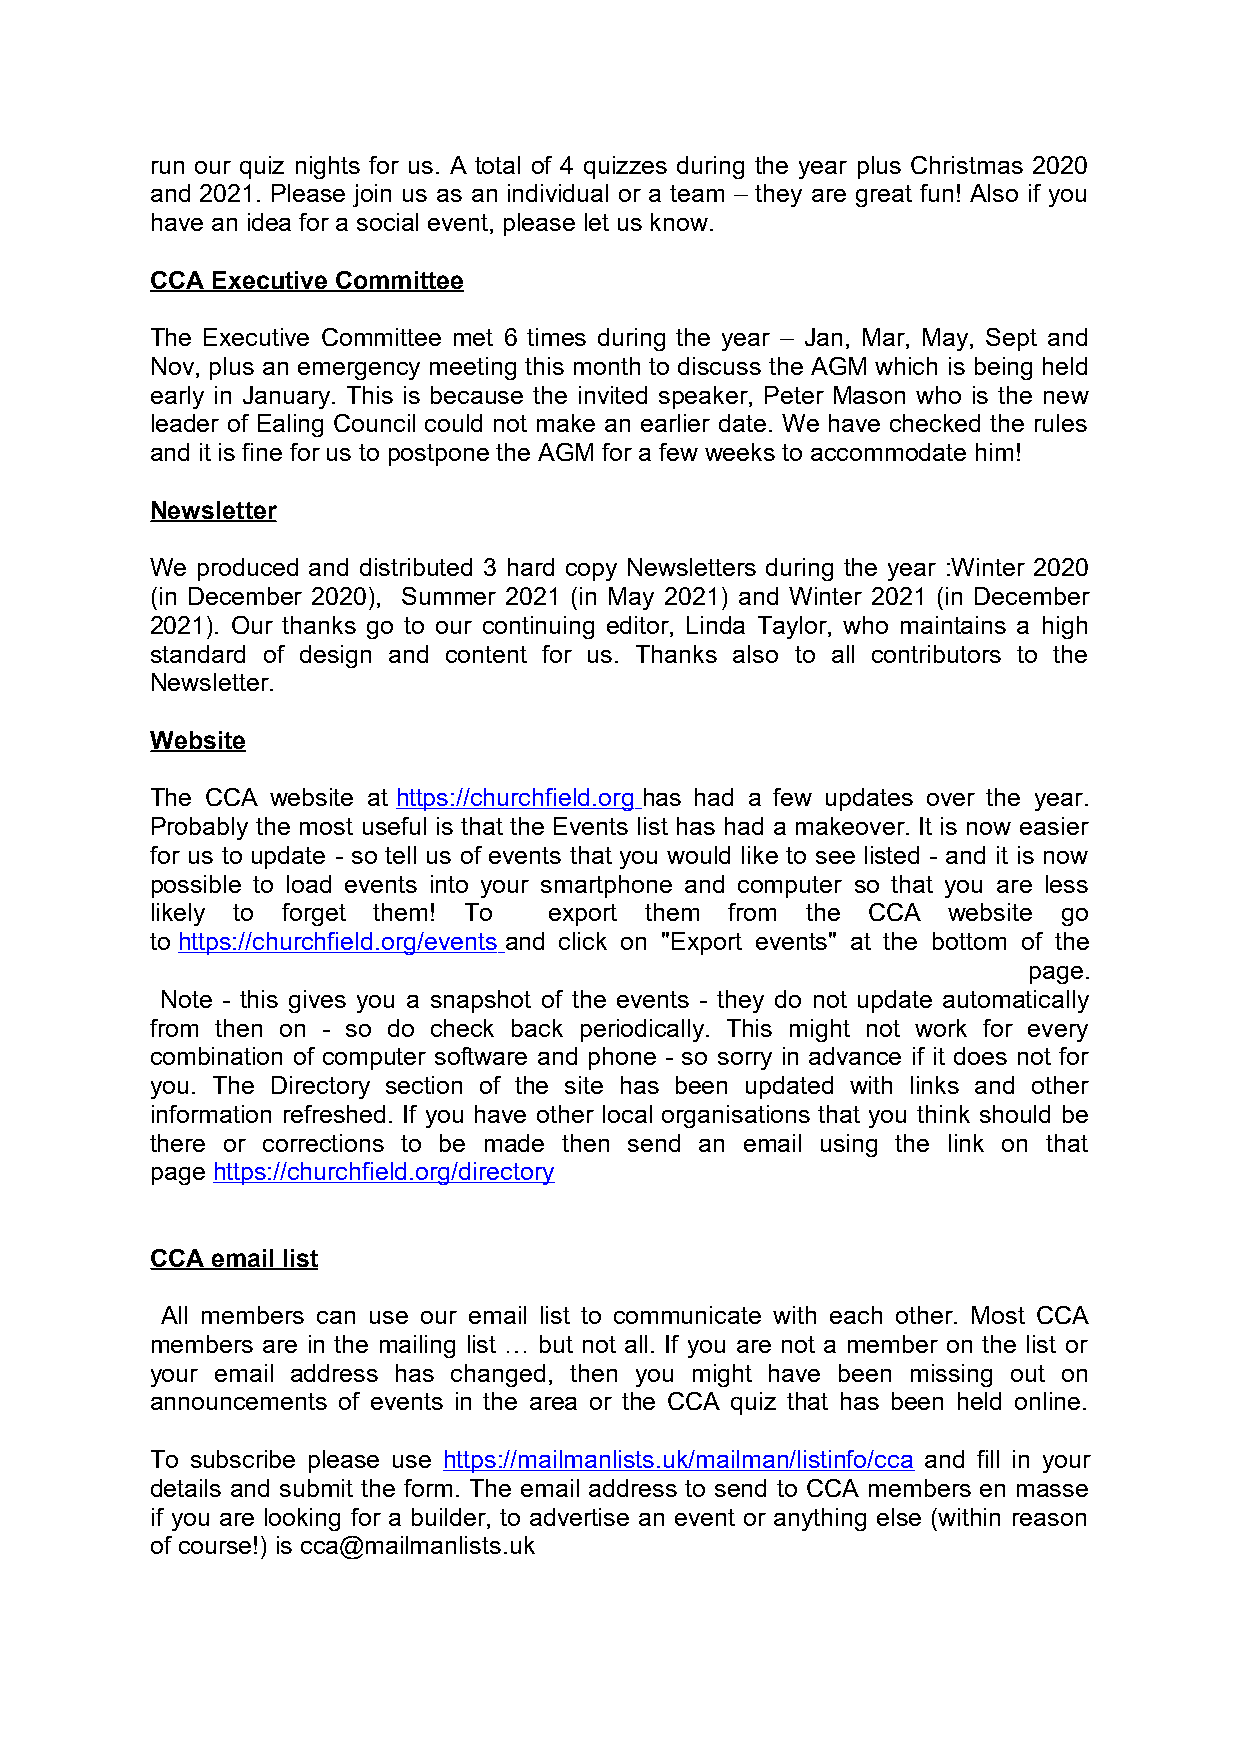
run our quiz nights for us. A total of 4 quizzes during the year plus Christmas 2020
 and 2021. Please join us as an individual or a team – they are great fun! Also if you
 have an idea for a social event, please let us know.
 CCA Executive Committee
 The Executive Committee met 6 times during the year – Jan, Mar, May, Sept and
 Nov, plus an emergency meeting this month to discuss the AGM which is being held
 early in January. This is because the invited speaker, Peter Mason who is the new
 leader of Ealing Council could not make an earlier date. We have checked the rules
 and it is fine for us to postpone the AGM for a few weeks to accommodate him!
 Newsletter
 We produced and distributed 3 hard copy Newsletters during the year :Winter 2020
 (in December 2020), Summer 2021 (in May 2021) and Winter 2021 (in December
 2021). Our thanks go to our continuing editor, Linda Taylor, who maintains a high
 standard of design and content for us. Thanks also to all contributors to the
 Newsletter.
 Website
 The CCA website at https://churchfield.org has had a few updates over the year.
 Probably the most useful is that the Events list has had a makeover. It is now easier
 for us to update - so tell us of events that you would like to see listed - and it is now
 possible to load events into your smartphone and computer so that you are less
 likely to forget them! To export them from the CCA   website go
 to https://churchfield.org/events and click on "Export events" at the bottom of the
 page.
 Note - this gives you a snapshot of the events - they do not update automatically
 from then on - so do check back periodically. This might not work for every
 combination of computer software and phone - so sorry in advance if it does not for
 you. The Directory section of the site has been updated with links and other
 information refreshed. If you have other local organisations that you think should be
 there or corrections to be made then send an email using the link on that
 page https://churchfield.org/directory
 CCA email list
 All members can use our email list to communicate with each other. Most CCA
 members are in the mailing list … but not all. If you are not a member on the list or
 your email address has changed, then you might have been missing out on
 announcements of events in the area or the CCA quiz that has been held online.
 To subscribe please use https://mailmanlists.uk/mailman/listinfo/cca and fill in your
 details and submit the form. The email address to send to CCA members en masse
 if you are looking for a builder, to advertise an event or anything else (within reason
 of course!) is cca@mailmanlists.uk